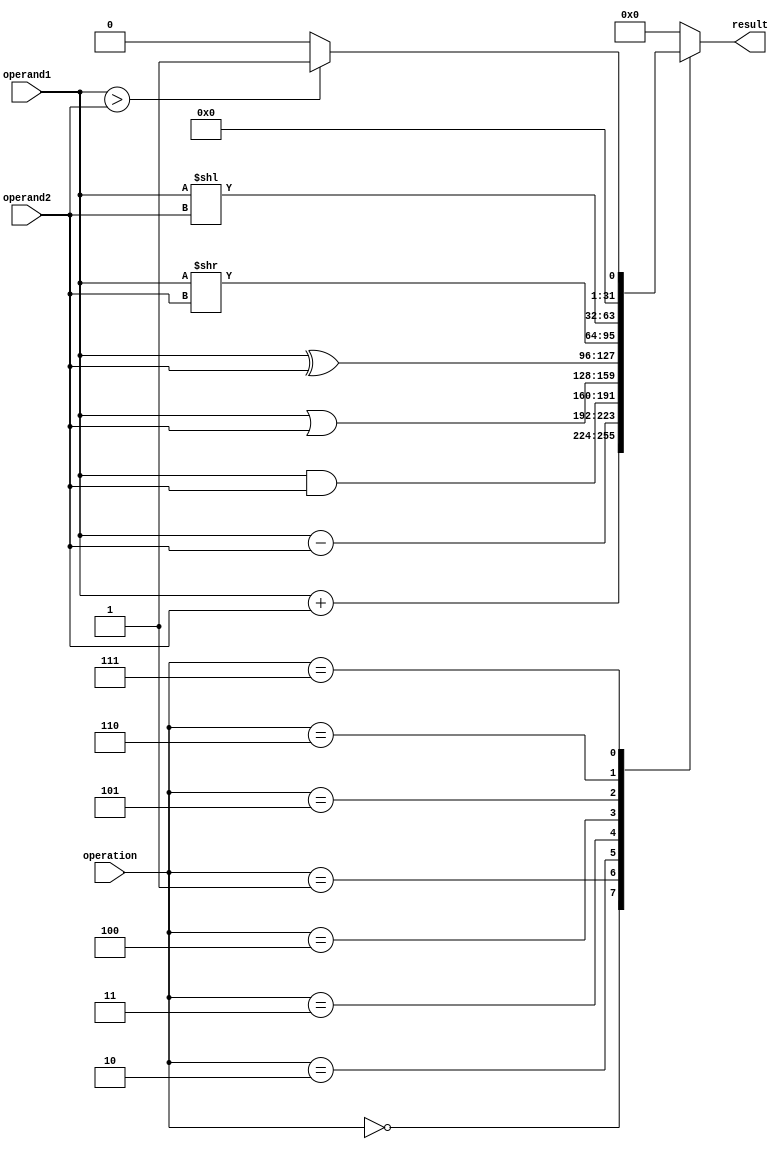
module ALU (
    input [31:0] operand1,
    input [31:0] operand2,
    input [3:0] operation,
    output reg [31:0] result
);

always @(*) begin
    case(operation)
        4'b0000: result = operand1 + operand2; // Addition
        4'b0001: result = operand1 - operand2; // Subtraction
        4'b0010: result = operand1 & operand2; // AND
        4'b0011: result = operand1 | operand2; // OR
        4'b0100: result = operand1 ^ operand2; // XOR
        4'b0101: result = operand1 >> operand2; // Right shift
        4'b0110: result = operand1 << operand2; // Left shift
        4'b0111: result = (operand1 > operand2) ? 32'b1 : 32'b0; // Comparison
        default: result = 32'b0;
    endcase
end

endmodule